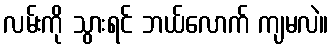
လမ်းကို သွားရင် ဘယ်လောက် ကျမလဲ။